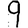
Digit: 9